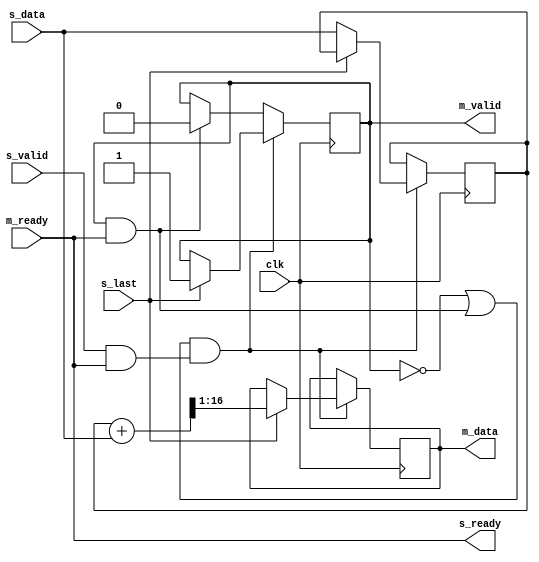
`timescale 1ns / 1ps
//////////////////////////////////////////////////////////////////////////////////
// Company: 
// Engineer: 
// 
// Design Name: 
// Module Name: axis_average
// Project Name: 
// Target Devices: 
// Tool Versions: 
// Description: 
// 
// Dependencies: 
// 
// Revision:
// Revision 0.01 - File Created
// Additional Comments:
// 
//////////////////////////////////////////////////////////////////////////////////


module axis_average(
    input wire clk,
    input wire s_valid,
    input wire [15:0] s_data,
    input wire s_last,
    output wire s_ready,
    output reg m_valid,
    output reg [15:0] m_data,
    input wire m_ready
);
    reg [15:0] data_reg = 0;
    assign s_ready = m_ready;
    always@(posedge clk) begin
        if ((~m_valid || (m_valid && m_ready)) && (s_valid && s_ready)) begin
            if (s_last) begin
                m_data <= ({1'b0, data_reg} + {1'b0, s_data}) >> 1;
                m_valid <= 1;
            end else begin
                data_reg <= s_data;
            end
        end else if (m_valid && m_ready) begin
            m_valid <= 0;
        end
    end
endmodule